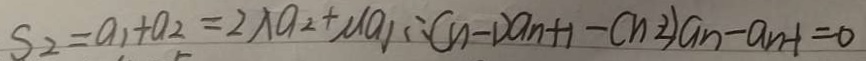
S _ { 2 } = a _ { 1 } + a _ { 2 } = 2 \lambda a _ { 2 } + \mu a _ { 1 } \therefore ( n - 1 ) a _ { n + 1 } - ( n - 2 ) a _ { n } - a _ { n - 1 } = 0